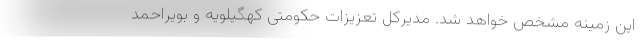
این زمینه مشخص خواهد شد. مدیرکل تعزیزات حکومتی کهگیلویه و بویراحمد